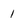
Character: I